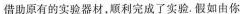
借助原有的实验器材，顺利完成了实验。假如由你